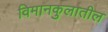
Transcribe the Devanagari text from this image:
विमानकुलातील